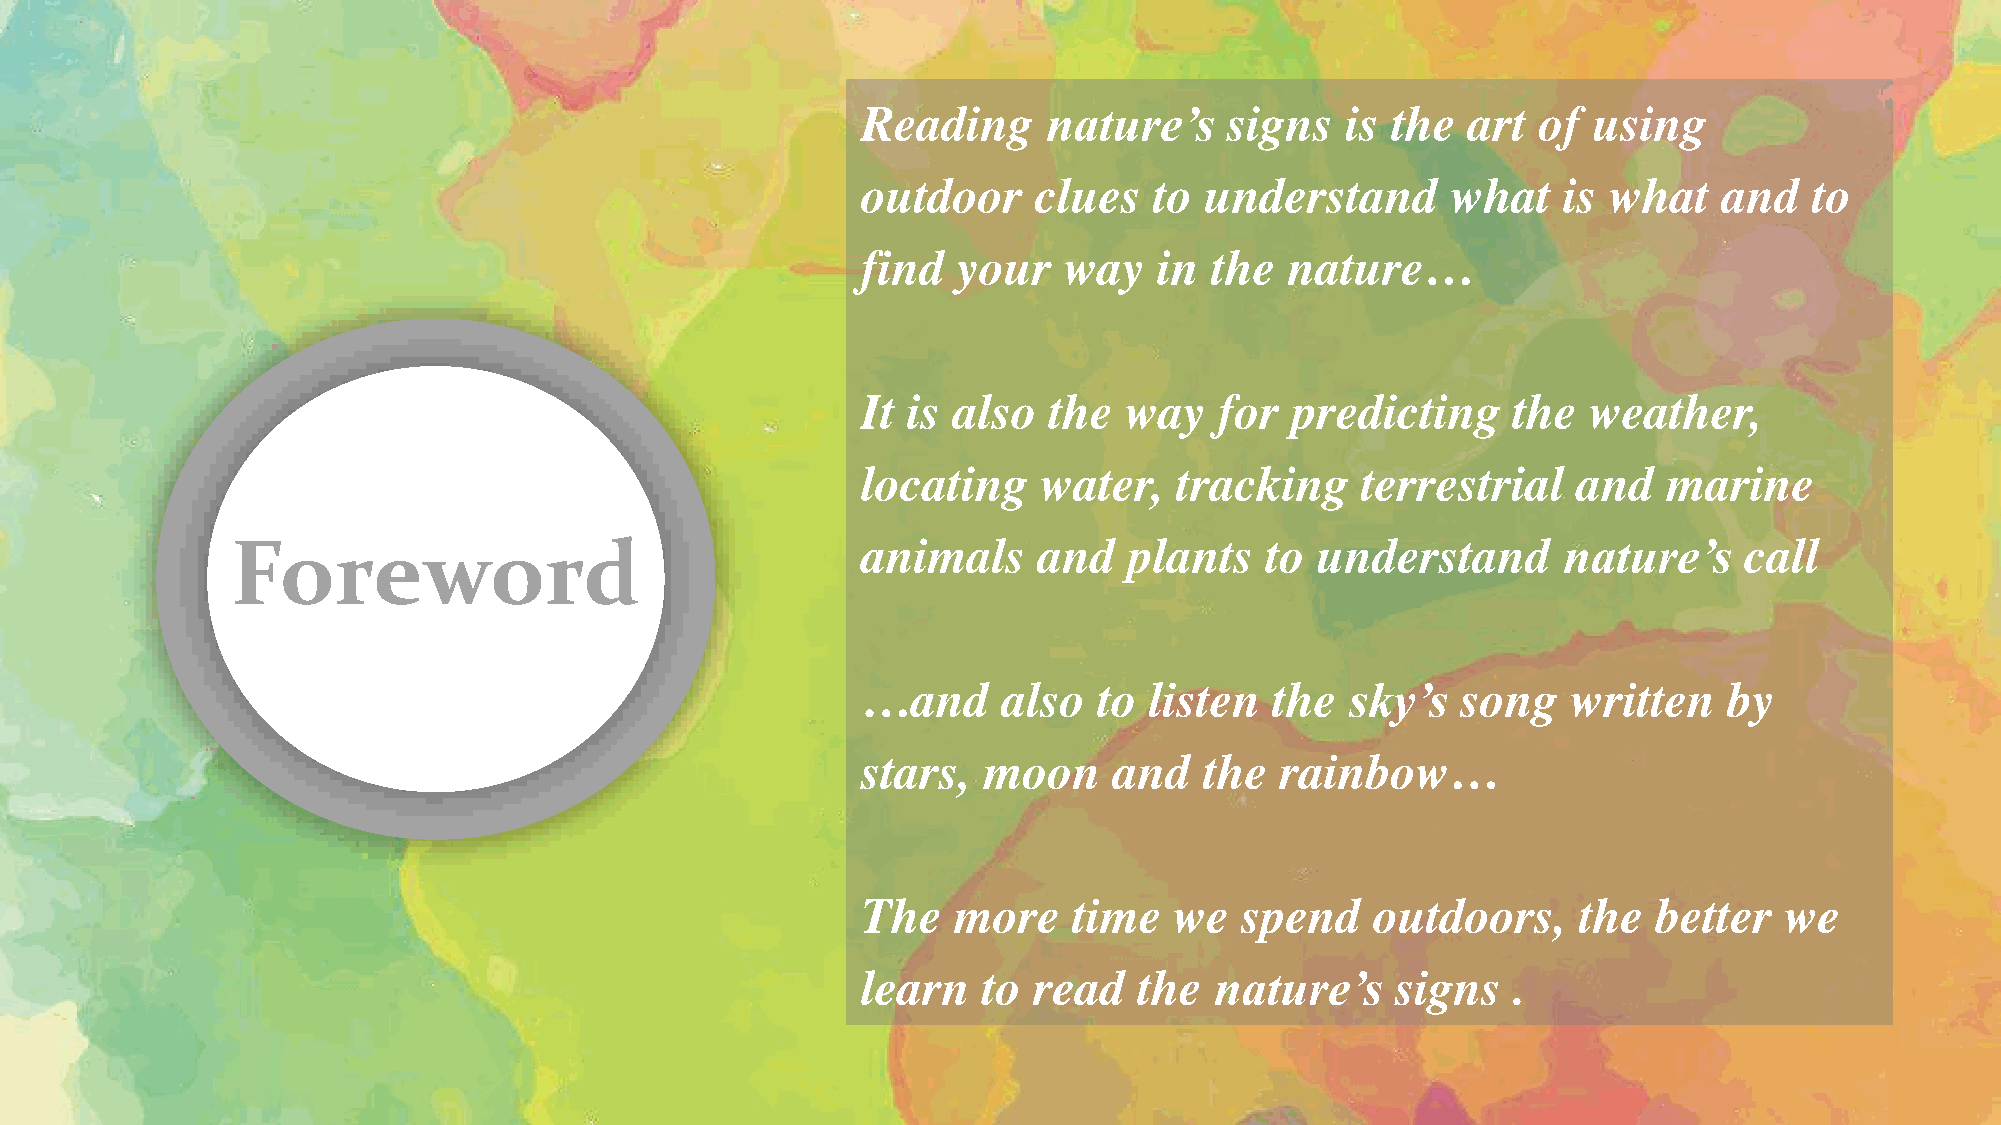
Reading     nature’s    signs   is the  art  of using
 outdoor    clues   to  understand      what   is what    and   to
 find  your   way    in the  nature…
 It is also  the  way    for predicting     the  weather,
 locating    water,   tracking    terrestrial   and   marine
 Foreword                                  animals     and   plants   to understand      nature’s    call
 …and     also   to listen  the  sky’s   song   written   by
 stars,  moon     and   the  rainbow…
 The   more    time   we  spend    outdoors,     the  better  we
 learn   to read   the  nature’s    signs   .